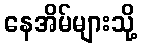
နေအိမ်များသို့